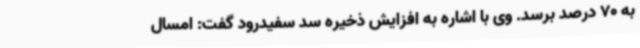
به 70 درصد برسد. وی با اشاره به افزایش ذخیره سد سفیدرود گفت: امسال